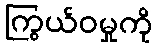
ကြွယ်ဝမှုကို